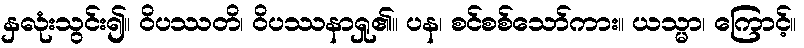
နှလုံးသွင်း၍။ ဝိပဿတိ၊ ဝိပဿနာရှု၏။ ပန၊ စင်စစ်သော်ကား။ ယသ္မာ၊ ကြောင့်။